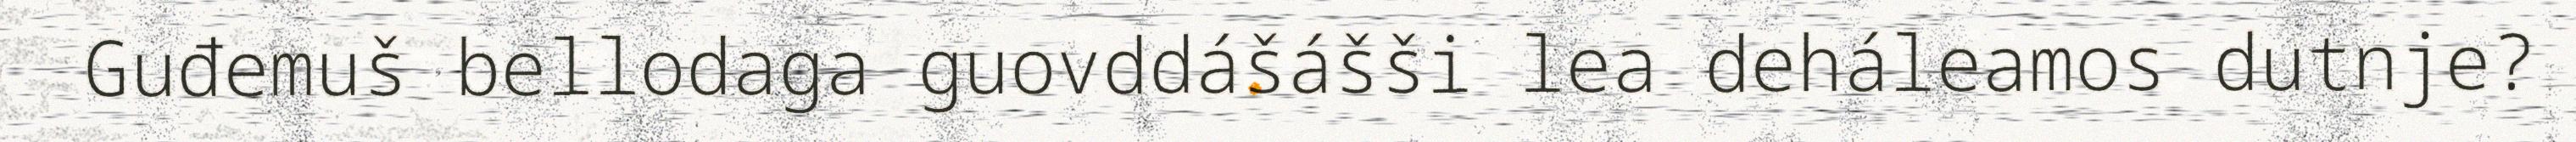
Guđemuš bellodaga guovddášášši lea deháleamos dutnje?